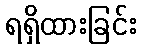
ရရှိထားခြင်း